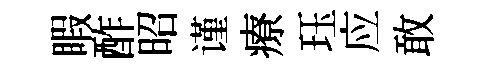
睱酢昭谨療珏应敢